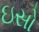
ઇસો